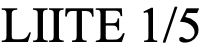
LIITE 1/5